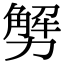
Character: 𠢲